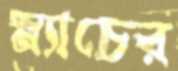
স্ন্যাচের